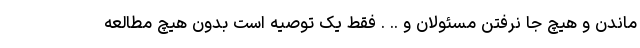
ماندن و هیچ جا نرفتن مسئولان و .. . فقط یک توصیه است بدون هیچ مطالعه